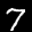
Label: 7